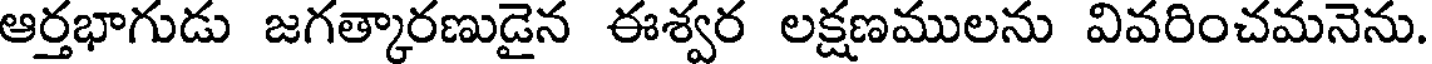
ఆర్తభాగుడు జగత్కారణుడైన ఈశ్వర లక్షణములను వివరించమనెను.